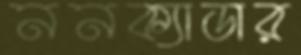
ননক্যাডার